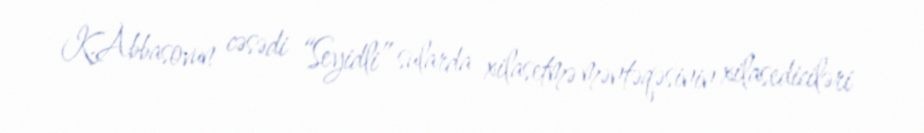
K.Abbasovun cəsədi “Seyidli” sularda xilasetmə məntəqəsinin xilasediciləri